Papaver somniferum - Opium : an extract from the sixth volume of the Dictionary of Economic Products of India
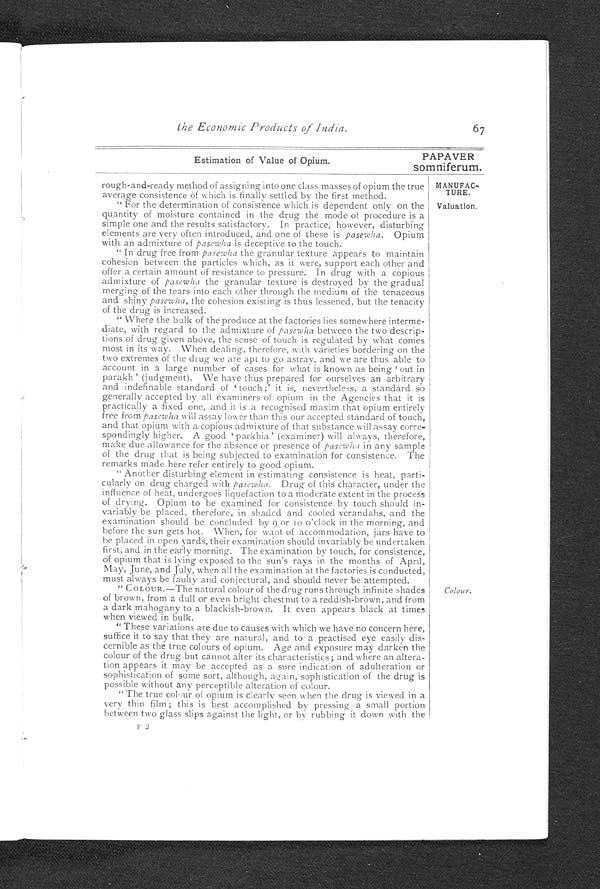
Estimation of Value of Opium.
PAPAVER
somniferum.
MANUFAC
-
TURE.
Valuation.
the Economic Products of India.
67
rough-and-ready method of assigning into one class masses of opium the true
average consistence of which is finally settled by the first method.
" For the determination of consistence which is dependent only on the
quantity of moisture contained in the drug the mode of procedure is a
simple one and the results satisfactory. In practice, however, disturbing
elements are very often introduced, and one of these is pasewha. Opium
with an admixture of pasewha is deceptive to the touch.
"In drug free from pasewha the granular texture appears to maintain
cohesion between the particles which, as it were, support each other and
offer a certain amount of resistance to pressure. In drug with a copious
admixture of pasewha the granular texture is destroyed by the gradual
merging of the tears into each other through the medium of the tenaceous
and shiny pasewha, the cohesion existing is thus lessened, but the tenacity
of the drug is increased.
"Where the bulk of the produce at the factories lies somewhere interme
-diate, with regard to the admixture of pasewha between the two descrip
-tions of drug given above, the sense of touch is regulated by what comes
most in its way. When dealing, therefore, with varieties bordering on the
two extremes of the drug we are apt to go astray, and we are thus able to
account in a large number of cases for what is known as being 'out in
parakh' (judgment). We have thus prepared for ourselves an arbitrary
and indefinable standard of 'touch;' it is, nevertheless, a standard so
generally accepted by all examiners of opium in the Agencies that it is
practically a fixed one, and it is a recognised maxim that opium entirely
free from pasewha will assay lower than this our accepted standard of touch,
and that opium with a copious admixture of that substance will assay corre
-spondingly higher. A good ' parkhia' (examiner) will always, therefore,
make due allowance for the absence or presence of pasewha in any sample
of the drug that is being subjected to examination for consistence. The
remarks made here refer entirely to good opium.
"Another disturbing element in estimating consistence is heat, parti
-cularly on drug charged with pasewha. Drug of this character, under the
influence of heat, undergoes liquefaction to a moderate extent in the process
of drying. Opium to be examined for consistence by touch should in
-variably be placed, therefore, in shaded and cooled verandahs, and the
examination should be concluded by 9 or 10 o'clock in the morning, and
before the sun gets hot. When, for want of accommodation, jars have to
be placed in open yards, their examination should invariably be undertaken
first, and in the early morning. The examination by touch, for consistence,
of opium that is lying exposed to the sun's rays in the months of April,
May, June, and July, when all the examination at the factories is conducted,
must always be faulty and conjectural, and should never be attempted.
"COLOUR.—The natural colour of the drug runs through infinite shades
of brown, from a dull or even bright chestnut to a reddish-brown, and from
a dark mahogany to a blackish-brown. It even appears black at times
when viewed in bulk.
Colour.
" These variations are due to causes with which we have no concern here,
suffice it to say that they are natural, and to a practised eye easily dis
-cernible as the true colours of opium. Age and exposure may darken the
colour of the drug but cannot alter its characteristics; and where an altera
-tion appears it may be accepted as a sure indication of adulteration or
sophistication of some sort, although, again, sophistication of the drug is
possible without any perceptible alteration of colour.
"The true colour of opiu
m i s cl ar l y s een when t he dr ug i s vi ewed i n a ver y t hi n f i l m; t hi s i s bes t accompl i s hed by pr es s i ng a s mal l por t i on
between two glass slips against the light, or by rubbing it down with the
F 2